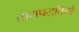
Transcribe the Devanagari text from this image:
तारापद्धतियों